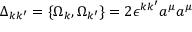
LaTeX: \Delta _ { k k ^ { \prime } } = \{ \Omega _ { k } , \Omega _ { k ^ { \prime } } \} = 2 \epsilon ^ { k k ^ { \prime } } a ^ { \mu } a ^ { \mu }